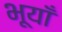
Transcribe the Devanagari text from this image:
भूयाँ